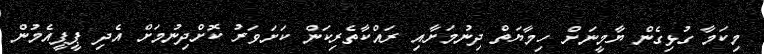
މިކަމާ ގުޅިގެން ޔާމީނަށް ހިމާޔަތް ދިނުމަށާއި ރައްކާތެރިކަން ކަށަވަރު ކޮށްދިނުމަށް އެދި ޕީޕީއެމުން